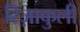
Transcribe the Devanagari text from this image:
रिज़ाकुली